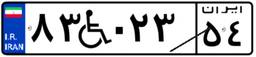
۵۶W۹۰۲۹۷